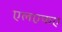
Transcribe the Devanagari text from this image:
एलएफए